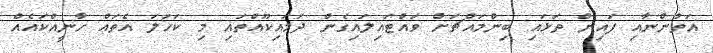
އަތުންނާއި ފައިން ތަޅައި ބިންމައްޗަށް ވައްޓައިލައިގެން ދަމައިކޫއްތައި މި ކަހަލަ އެތައް ހާނީއްކައެއް